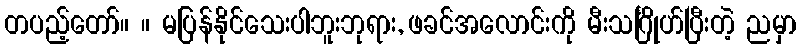
တပည့်တော်။ ။ မပြန်နိုင်သေးပါဘူးဘုရား, ဖခင်အလောင်းကို မီးသင်္ဂြိုဟ်ပြီးတဲ့ ညမှာ